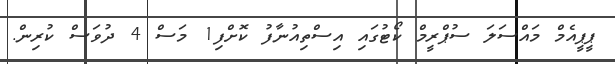
ޕީޕީއެމް މައްސަލަ ސުޕްރީމް ކޯޓުގައި އިސްތިއުނާފު ކޮށްފި1 މަސް 4 ދުވަސް ކުރިން.